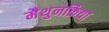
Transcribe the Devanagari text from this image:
मैथुनक्रिया